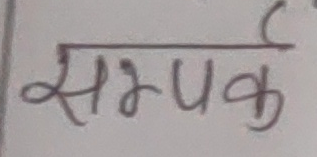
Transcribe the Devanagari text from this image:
सम्पर्क